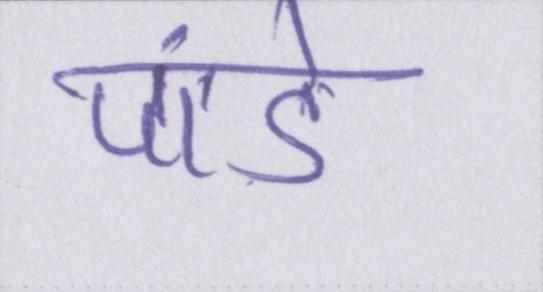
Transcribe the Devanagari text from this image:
पांडे